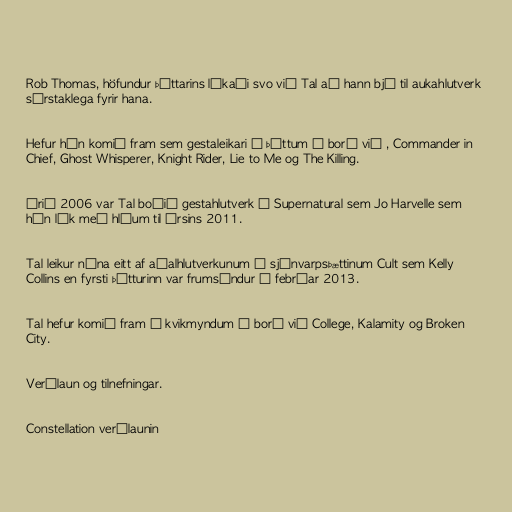
Rob Thomas, höfundur þáttarins líkaði svo við Tal að hann bjó til aukahlutverk
sérstaklega fyrir hana.

Hefur hún komið fram sem gestaleikari í þáttum á borð við , Commander in
Chief, Ghost Whisperer, Knight Rider, Lie to Me og The Killing.

Árið 2006 var Tal boðið gestahlutverk í Supernatural sem Jo Harvelle sem
hún lék með hléum til ársins 2011.

Tal leikur núna eitt af aðalhlutverkunum í sjónvarpsþættinum Cult sem Kelly
Collins en fyrsti þátturinn var frumsýndur í febrúar 2013.

Tal hefur komið fram í kvikmyndum á borð við College, Kalamity og Broken
City.

Verðlaun og tilnefningar.

Constellation verðlaunin